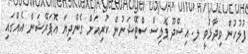
ފުލުހުން ވިދާޅުވީ ލ. އިސްދޫ ޕޮލިސް ސްޓޭޝަނުން ކުރިއަށް ގެންދިޔަ އޮަޕަރޭޝަން އެއްގައި